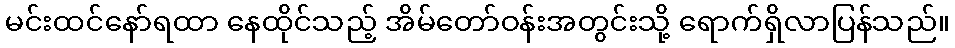
မင်းထင်နော်ရထာ နေထိုင်သည့် အိမ်တော်ဝန်းအတွင်းသို့ ရောက်ရှိလာပြန်သည်။